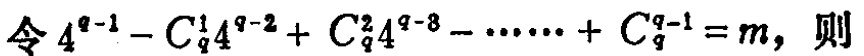
令 \(4^{q - 1}-C_{q}^{1}4^{q - 2}+C_{q}^{2}4^{q - 3}-\cdots\cdots + C_{q}^{q - 1}=m\)，则